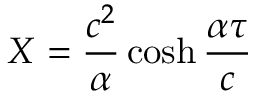
X = { \frac { c ^ { 2 } } { \alpha } } \cosh { \frac { \alpha \tau } { c } }